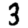
Digit: 3